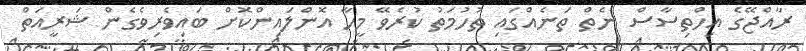
ރާއްޖޭގެ އިހްތިސާސް ނެތް ތަނެއްގައި ތުހުމަތު ކުރެވޭ މީހާ އޮންލައިންކޮށް ބައިވެރިވެގެން ޝަރީއަތް